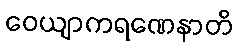
ဝေယျာကရဏေနာတိ